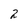
Character: 2